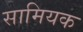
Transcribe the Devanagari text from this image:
सामियक